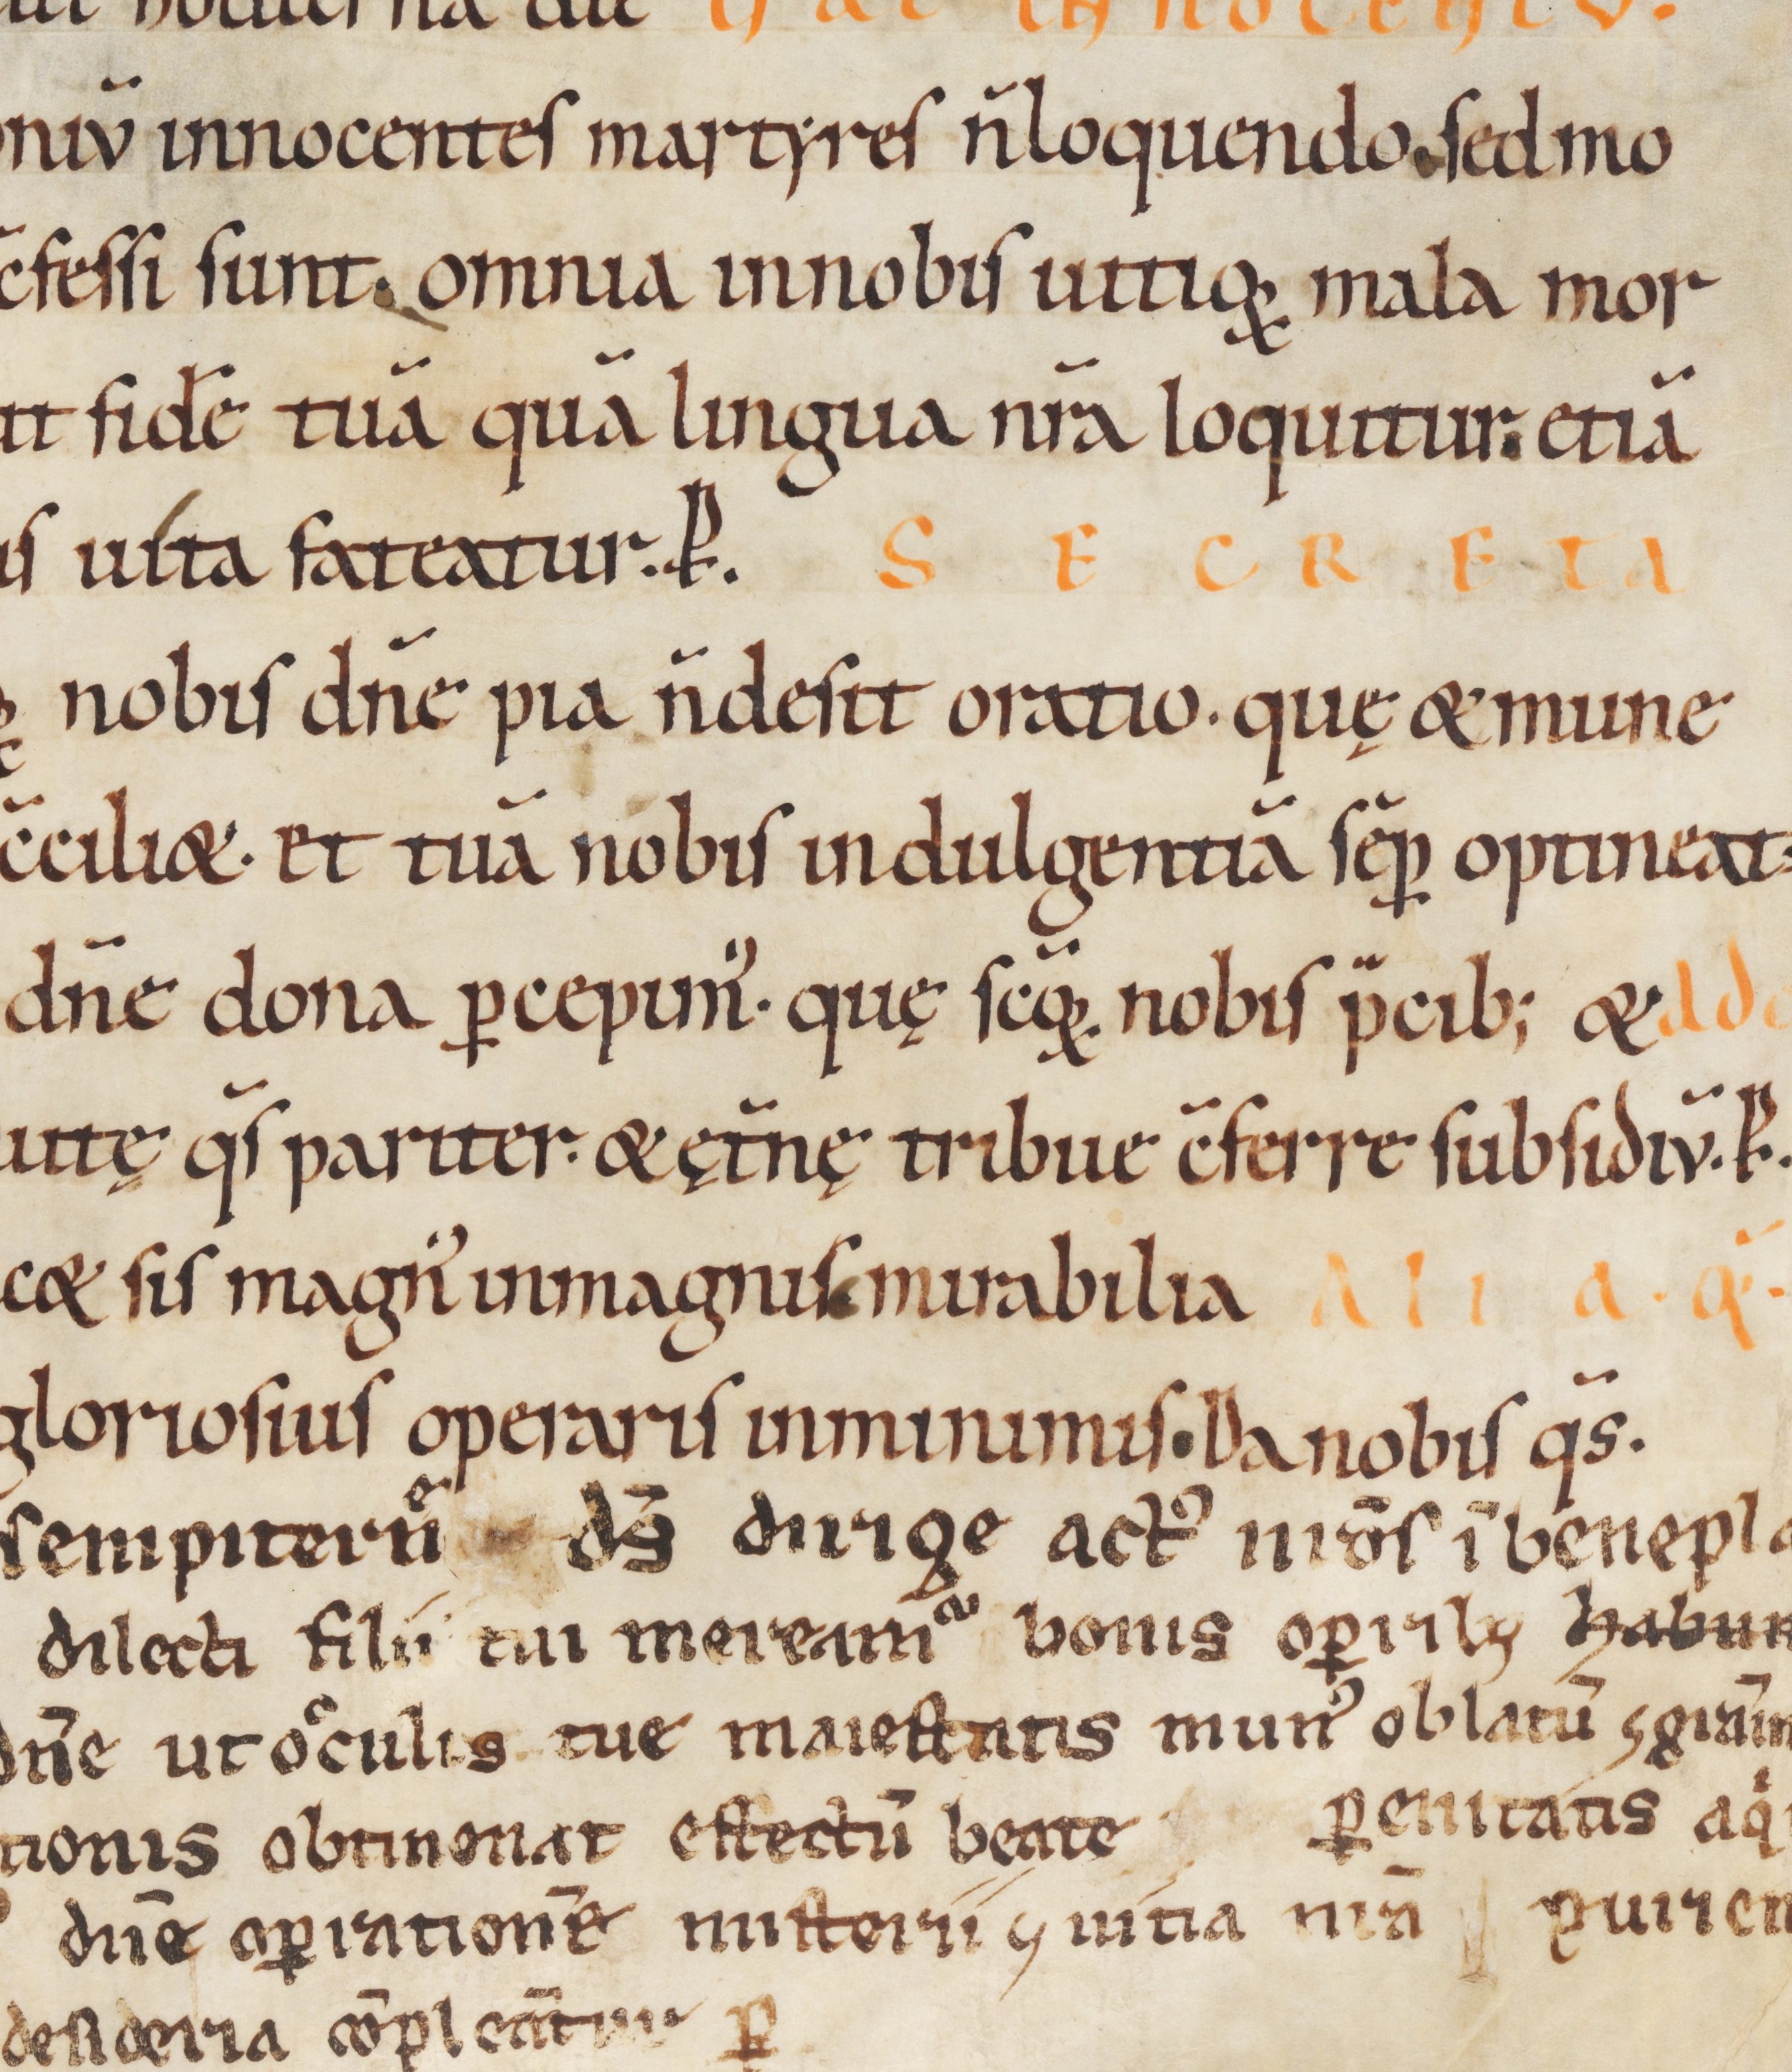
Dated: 1100–1199